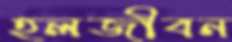
হলজীবন